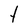
Character: t